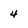
Character: 4